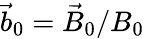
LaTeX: \vec{b}_{0}=\vec{B}_{0}/B_{0}